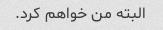
البته من خواهم کرد.